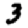
Digit: 3